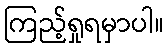
ကြည့်ရှုရမှာပါ။